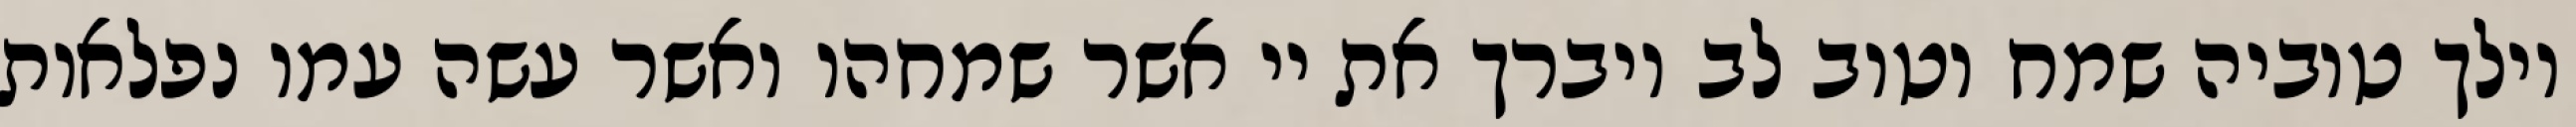
וילך טוביה שמח וטוב לב ויברך את יי אשר שמחהו ואשר עשה עמו נפלאות